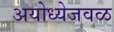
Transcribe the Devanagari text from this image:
अयोध्येजवळ